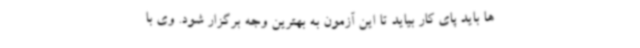
ها باید پای کار بیاید تا این آزمون به بهترین وجه برگزار شود. وی با